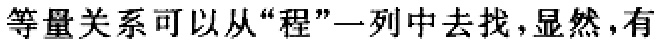
等量关系可以从“程”一列中去找，显然，有